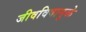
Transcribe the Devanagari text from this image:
जीवविषामुळे